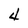
Character: 4